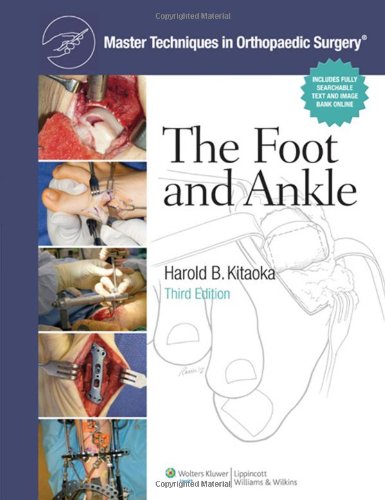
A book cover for Master Techniques in Orthopaedic Surgery: The Foot and Ankle; Harold Kitaoka MD; Medical Books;